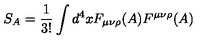
S _ { A } = \frac { 1 } { 3 ! } \int d ^ { 4 } x F _ { \mu \nu \rho } ( A ) F ^ { \mu \nu \rho } ( A ) \nonumber